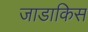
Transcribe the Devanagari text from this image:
जाडाकिस